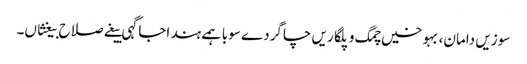
سوزیں دامان، بہوخیں چمگ و پلگاریں چاگردے سوبا ہمے ہند اجاگہی بیغے صلاح بیغثاں۔